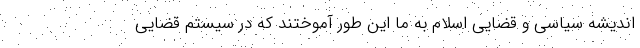
اندیشه سیاسی و قضایی اسلام به ما این طور آموختند که در سیستم قضایی